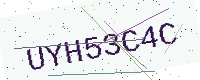
Text: UYH53C4C